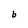
Character: b